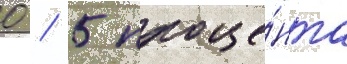
0 / 5 проце́нта